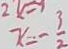
x = - \frac { 3 } { 2 }